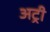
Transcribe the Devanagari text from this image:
अट्री